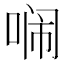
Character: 𭈥